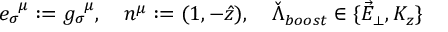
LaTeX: e _ { \sigma } ^ { \; \; \mu } : = g _ { \sigma } ^ { \; \; \mu } , \quad n ^ { \mu } : = ( 1 , - \hat { z } ) , \quad \check { \Lambda } _ { b o o s t } \in \{ \vec { E } _ { \perp } , K _ { z } \}